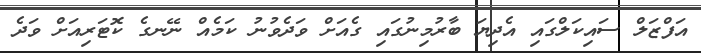
އަފްޒަލް ސައިކަލްގައި އެދިޔަ ބާރުމިނުގައި ގެއަށް ވަދެވުނު ކަމެއް ނޭނގެ ކޮޓަރިއަށް ވަދެ